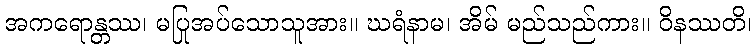
အကရောန္တဿ၊ မပြုအပ်သောသူအား။ ဃရံနာမ၊ အိမ် မည်သည်ကား။ ဝိနဿတိ၊